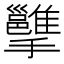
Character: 𢹭